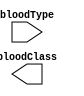
`timescale 1ns / 1ps
`default_nettype none

/*
**********************************************************
** Logic Design Final Project Fall, 2019 Semester
** Amirkabir University of Technology (Tehran Polytechnic)
** Department of Computer Engineering (CEIT-AUT)
** Logic Circuit Design Laboratory
** https://ceit.aut.ac.ir
**********************************************************
** Student ID: XXXXXXX
** Student ID: XXXXXXX
**********************************************************
** Module Name: BloodTypeClassification
**********************************************************
** Additional Comments:
*/

module BloodTypeClassification(
        bloodType,
        bloodClass);
input [2:0] bloodType;
output bloodClass;

reg bloodClassVar;

  // write your code here
 	
endmodule